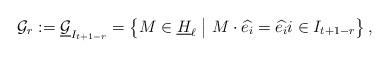
LaTeX: \begin{align*}\mathcal{G}_r:=\underline{\mathcal{G}}_{I_{t+1-r}} = \left\{ M \in \underline{H}_\ell \bigm\vert M \cdot \widehat{e_i} = \widehat{e_i} i \in I_{t+1-r}\right\},\end{align*}